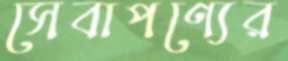
সেবাপণ্যের